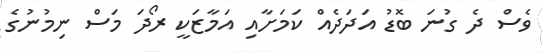
ވެސް ދެ ގުނަ ބޮޑު އަދަދެއް ކަމަށާއި އަމާޒަކީ ރޯދަ މަސް ނިމުނުގެ